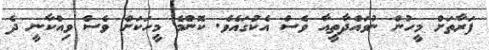
ފަރާތަށް މީހުން ނުވައްދާތީއާ ވެސް އެކުގައެވެ. ކޮންމެ މީހަކަށް ވެސް ވިއްކާނީ ދެ